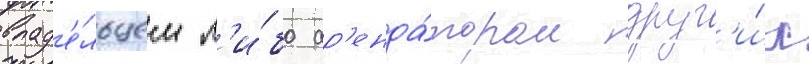
влад'е́льцем л'и́бо ар'енда́тором друг'и́х